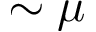
\sim \mu